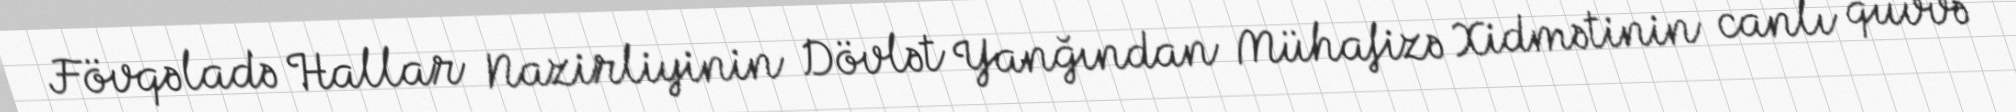
Fövqəladə Hallar Nazirliyinin Dövlət Yanğından Mühafizə Xidmətinin canlı qüvvə